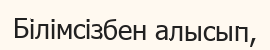
Білімсізбен алысып,